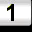
Digit: 1